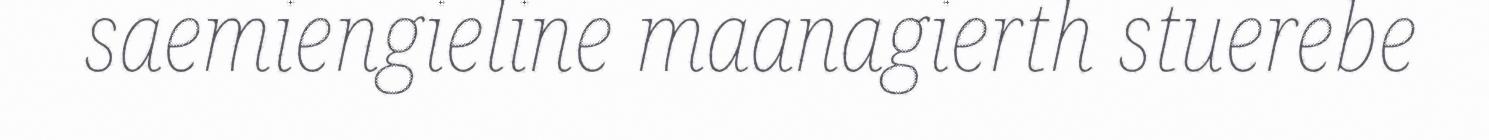
saemiengieline maanagierth stuerebe